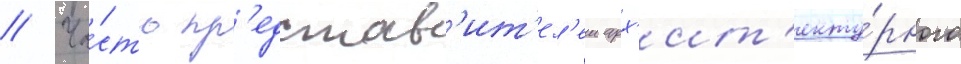
// Ча́сть пр'едстав'ит'ел'еи арх'ит'екту́рного